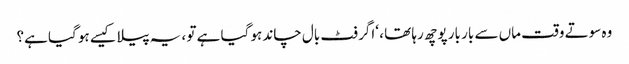
وہ سوتے وقت ماں سے بار بار پوچھ رہا تھا ، ‘اگر فٹ بال چاند ہو گیا ہے تو ، یہ پیلا کیسے ہو گیا ہے؟